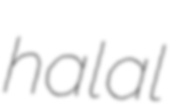
halal